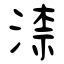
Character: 渿